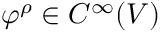
\varphi ^ { \rho } \in C ^ { \infty } ( V )